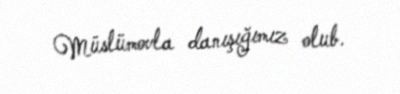
Müslümovla danışığımız olub.